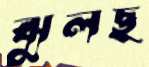
ঝুলছ